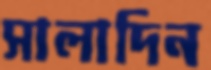
সালাদিন